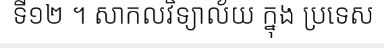
ទី១២ ។ សាកលវិទ្យាល័យ ក្នុង ប្រទេស